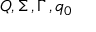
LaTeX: Q , \Sigma \, , \Gamma \, , q _ { 0 }